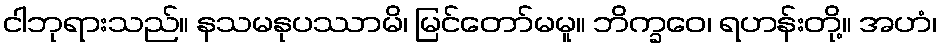
ငါဘုရားသည်။ နသမနုပဿာမိ၊ မြင်တော်မမူ။ ဘိက္ခဝေ၊ ရဟန်းတို့။ အဟံ၊